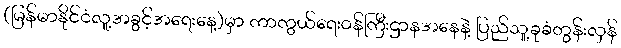
(မြန်မာနိုင်ငံလူ့အခွင့်အရေးနေ့)မှာ ကာကွယ်ရေးဝန်ကြီးဌာနအနေနဲ့ ပြည်သူ့ခုခံတွန်းလှန်